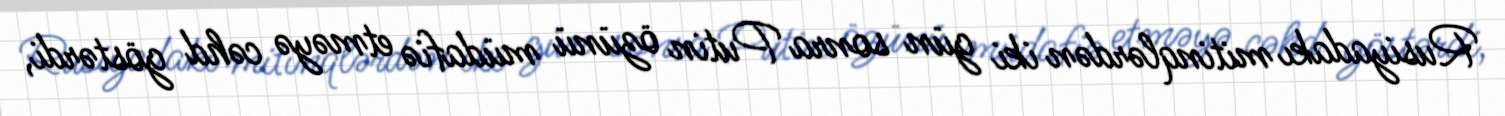
Rusiyadakı mitinqlərdən iki gün sonra Putin özünü müdafiə etməyə cəhd göstərdi,